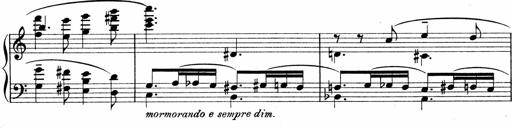
Title: Sonatina No.1
Composer: Otto Stoll
Key: C major